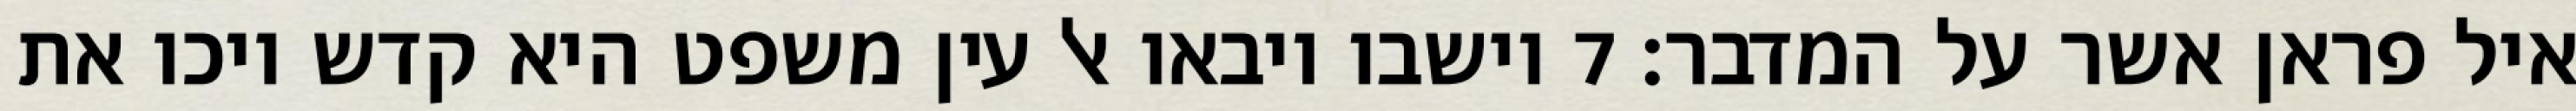
איל פראן אשר על המדבר׃ ‎7‏ וישבו ויבאו אל עין משפט היא קדש ויכו את